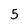
Character: 5